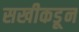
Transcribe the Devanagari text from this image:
सखीकडून